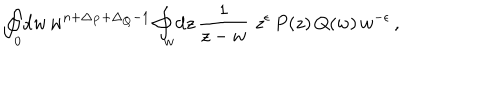
LaTeX: \oint _ { 0 } \! \mathrm { d } w \, w ^ { n + \Delta _ { P } + \Delta _ { Q } - 1 } \oint _ { w } \! \mathrm { d } z \, \frac { 1 } { z - w } \, \, z ^ { \epsilon } \, P ( z ) \, Q ( w ) \, w ^ { - \epsilon } \, ,